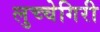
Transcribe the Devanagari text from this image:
लुच्चेगिरी